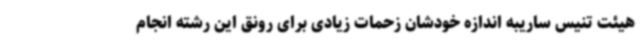
هیئت تنیس ساریبه اندازه خودشان زحمات زیادی برای رونق این رشته انجام